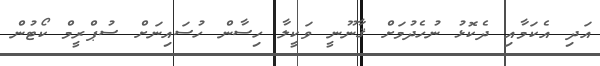
އަދި އެކަމާއި ދެކޮޅު ނުހެދުމަށް ޤާނޫނީ ވަކީލާ ހިސާން ހުސައިނަށް ސުޕްރީމް ކޯޓުން